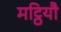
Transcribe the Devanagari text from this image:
मट्ठियौ